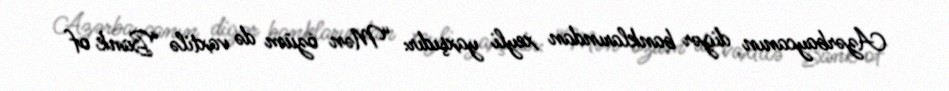
Azərbaycanın digər banklarından xeyli yaxşıdır: “Mən özüm də vaxtilə “Bank of